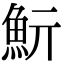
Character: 𩵧